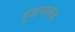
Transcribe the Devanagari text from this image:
हुंडणावळ